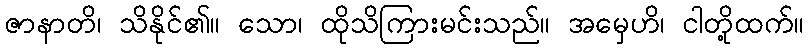
ဇာနာတိ၊ သိနိုင်၏။ သော၊ ထိုသိကြားမင်းသည်။ အမှေဟိ၊ ငါတို့ထက်။